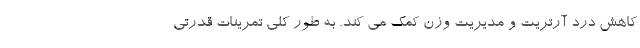
کاهش درد آرتریت و مدیریت وزن کمک می کند. به طور کلی تمرینات قدرتی